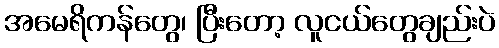
အမေရိကန်တွေ၊ ပြီးတော့ လူငယ်တွေချည်းပဲ